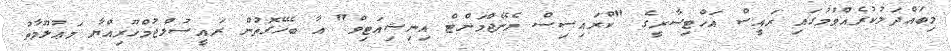
މިބައްދަލުކުރެއްވުމުގައި ރައީސް އަހްޓިސާރީގެ "ކްރައިސިސް މެނޭޖްމަންޓް އިނިޝިއަޓިވް" އާ ބެހޭގޮތުން ރައީސުލްޖުމްހޫރިއްޔާ މަޢުލޫމާތު